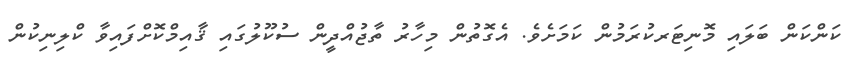
ކަންކަން ބަލައި މޮނިޓަރކުރަމުން ކަމަށެވެ. އެގޮތުން މިހާރު ތާޖުއްދީން ސުކޫލުގައި ޤާއިމްކޮށްފައިވާ ކްލިނިކުން